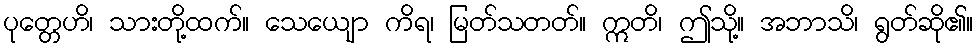
ပုတ္တေဟိ၊ သားတို့ထက်။ သေယျော ကိရ၊ မြတ်သတတ်။ ဣတိ၊ ဤသို့။ အဘာသိ၊ ရွတ်ဆို၏။